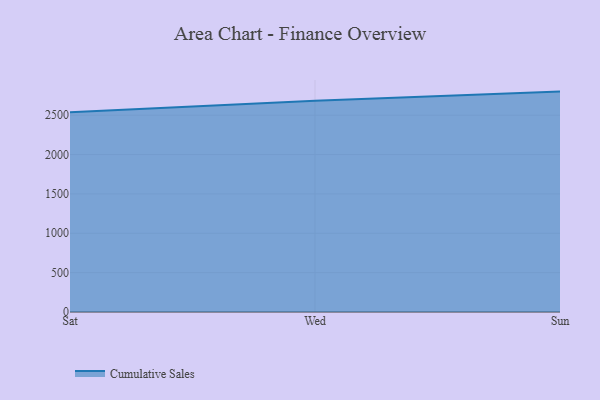
{"axis": {"x": "Day", "y": "LTV (USD)"}, "legend": ["Cumulative Sales"], "data": [{"x": "Sat", "y": 2538.3, "type": "Cumulative Sales"}, {"x": "Wed", "y": 2682.9, "type": "Cumulative Sales"}, {"x": "Sun", "y": 2799.8, "type": "Cumulative Sales"}]}